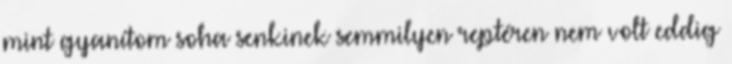
mint gyanítom soha senkinek semmilyen reptéren nem volt eddig